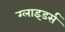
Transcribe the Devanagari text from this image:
ग्लाइडर्स